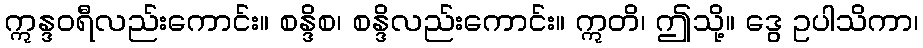
ဣန္ဒဝရီလည်းကောင်း။ စန္ဒိစ၊ စန္ဒိလည်းကောင်း။ ဣတိ၊ ဤသို့။ ဒွေ ဥပါသိကာ၊